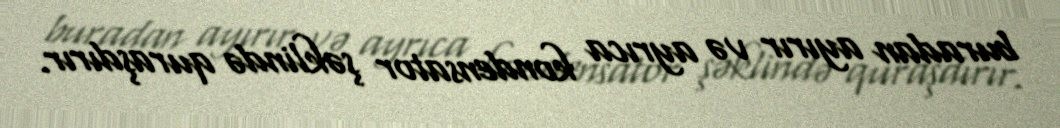
buradan ayırır və ayrıca kondensator şəklində quraşdırır.